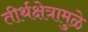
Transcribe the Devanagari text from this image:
तीर्थक्षेत्रामुळे